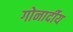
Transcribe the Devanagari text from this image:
गोनार्दीय